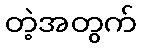
တဲ့အတွက်